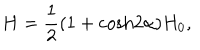
LaTeX: H = { \frac { 1 } { 2 } } ( 1 + \mathrm { c o s h } 2 \alpha ) H _ { 0 } ,